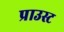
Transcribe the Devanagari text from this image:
प्राउस्ट